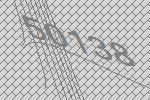
50138